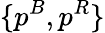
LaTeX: \{ p^{B},p^{R}\}